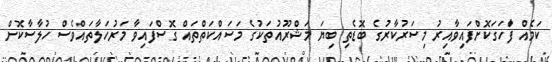
ކަމެއް ފާަހަގަކޮށްފައިވާއިރު މިސަރުކާރުގެ ބޮޑެތި ބިޔަ މަޝްރޫއުތަކުގެ މަސައްކަތްތައް ގޮސްފައިވާ މަރުހަލާތައްވެސް ހުލާސާކޮށް